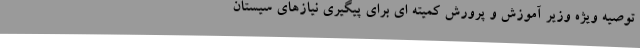
توصیه ویژه وزیر آموزش و پرورش کمیته ای برای پیگیری نیازهای سیستان